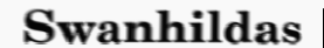
Swanhildas